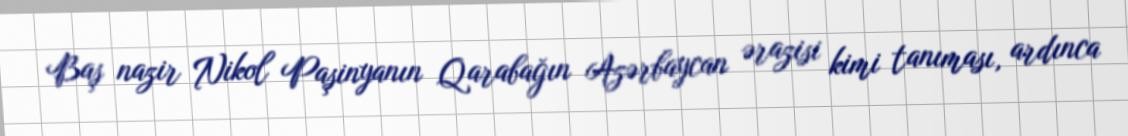
Baş nazir Nikol Paşinyanın Qarabağın Azərbaycan ərazisi kimi tanıması, ardınca